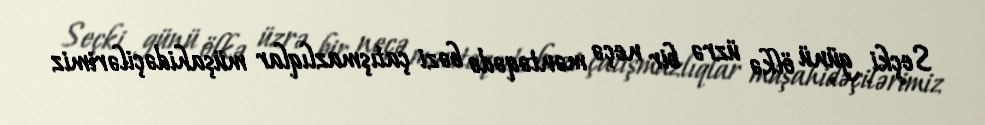
Seçki günü ölkə üzrə bir neçə məntəqədə bəzi çatışmazlıqlar müşahidəçilərimiz